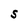
Character: S